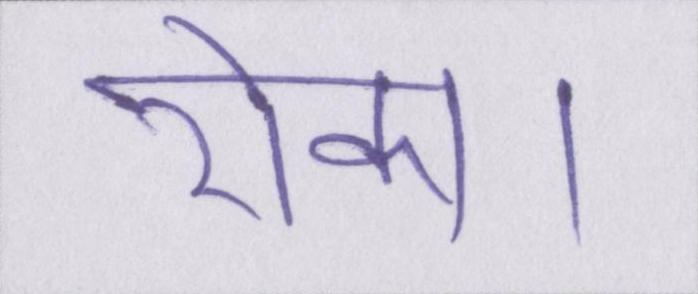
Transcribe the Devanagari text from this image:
रोका।